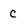
Character: c